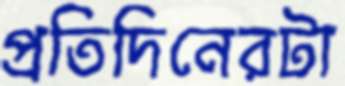
প্রতিদিনেরটা